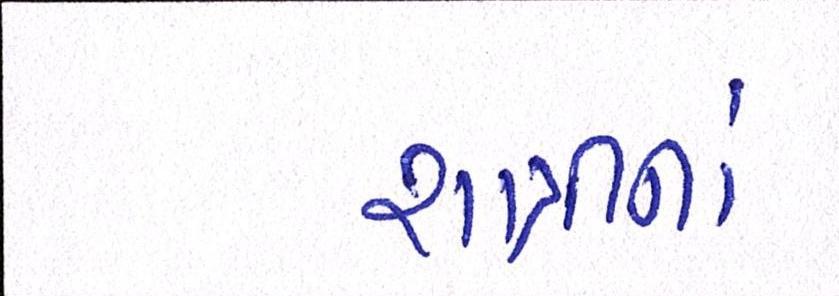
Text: રાત્રીનાં